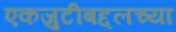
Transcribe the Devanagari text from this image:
एकजुटीबद्दलच्या